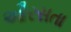
ઔરસતા